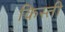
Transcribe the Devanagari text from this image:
किस्‍ती